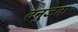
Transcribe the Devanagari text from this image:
दनुजता